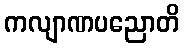
ကလျာဏပညောတိ